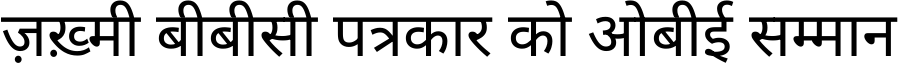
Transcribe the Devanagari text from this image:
ज़ख़्मी बीबीसी पत्रकार को ओबीई सम्मान